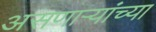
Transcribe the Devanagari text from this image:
असणाऱ्यांच्या